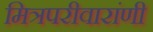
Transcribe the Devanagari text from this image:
मित्रपरीवारांणी